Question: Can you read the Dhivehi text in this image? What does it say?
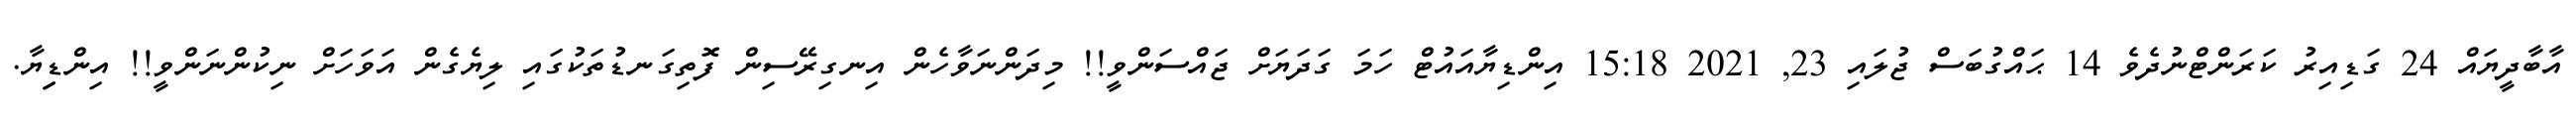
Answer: އާބާދީޔައް 24 ގަޑިއިރު ކަރަންޓްނުދެވެ 14 ޙައްގުބަސް ޖުލައި 23, 2021 15:18 އިންޑިޔާއައުޓް ހަމަ ގަދަޔަށް ޖައްސަންވީ!! މިދަންނަވާހެން އިނގިރޭސިން ފޮތިގަނޑުތަކުގައި ލިޔެގެން އަވަހަށް ނިކުންނަންވީ!! އިންޑިިޔާ.